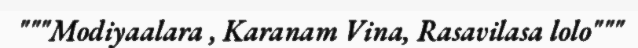
"""Modiyaalara , Karanam Vina, Rasavilasa lolo"""